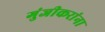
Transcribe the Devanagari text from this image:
गुंजीकरांना